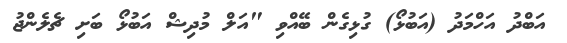
އަބްދު އަހްމަދު (އަބުޅޯ) ގުޅިގެން ބޭއްވި "އަލް މުދިޝް އަބުޅޯ ބަށި ޗެލެންޖު